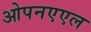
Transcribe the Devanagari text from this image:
ओपनएएल